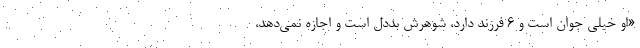
«او خیلی جوان است و ۶ فرزند دارد، شوهرش بددل است و اجازه نمی‌دهد،